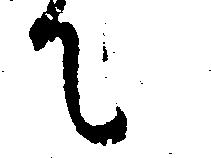
て